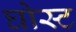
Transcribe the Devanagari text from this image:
घोस्‍ट